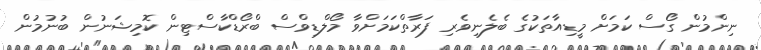
ނިންމުން ގޯސް ކަމަށް މީޑިއާތަކުގެ ބެލެނިވެރި ފަރާތްކަމަށްވާ މޯލްޑިވްސް ބްރޯޑްކާސްޓިން ކޮމިޝަނުން ބުނުމުން